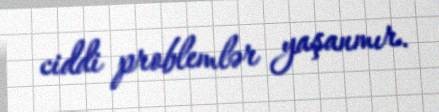
ciddi problemlər yaşanmır.